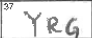
Transcription: YRG